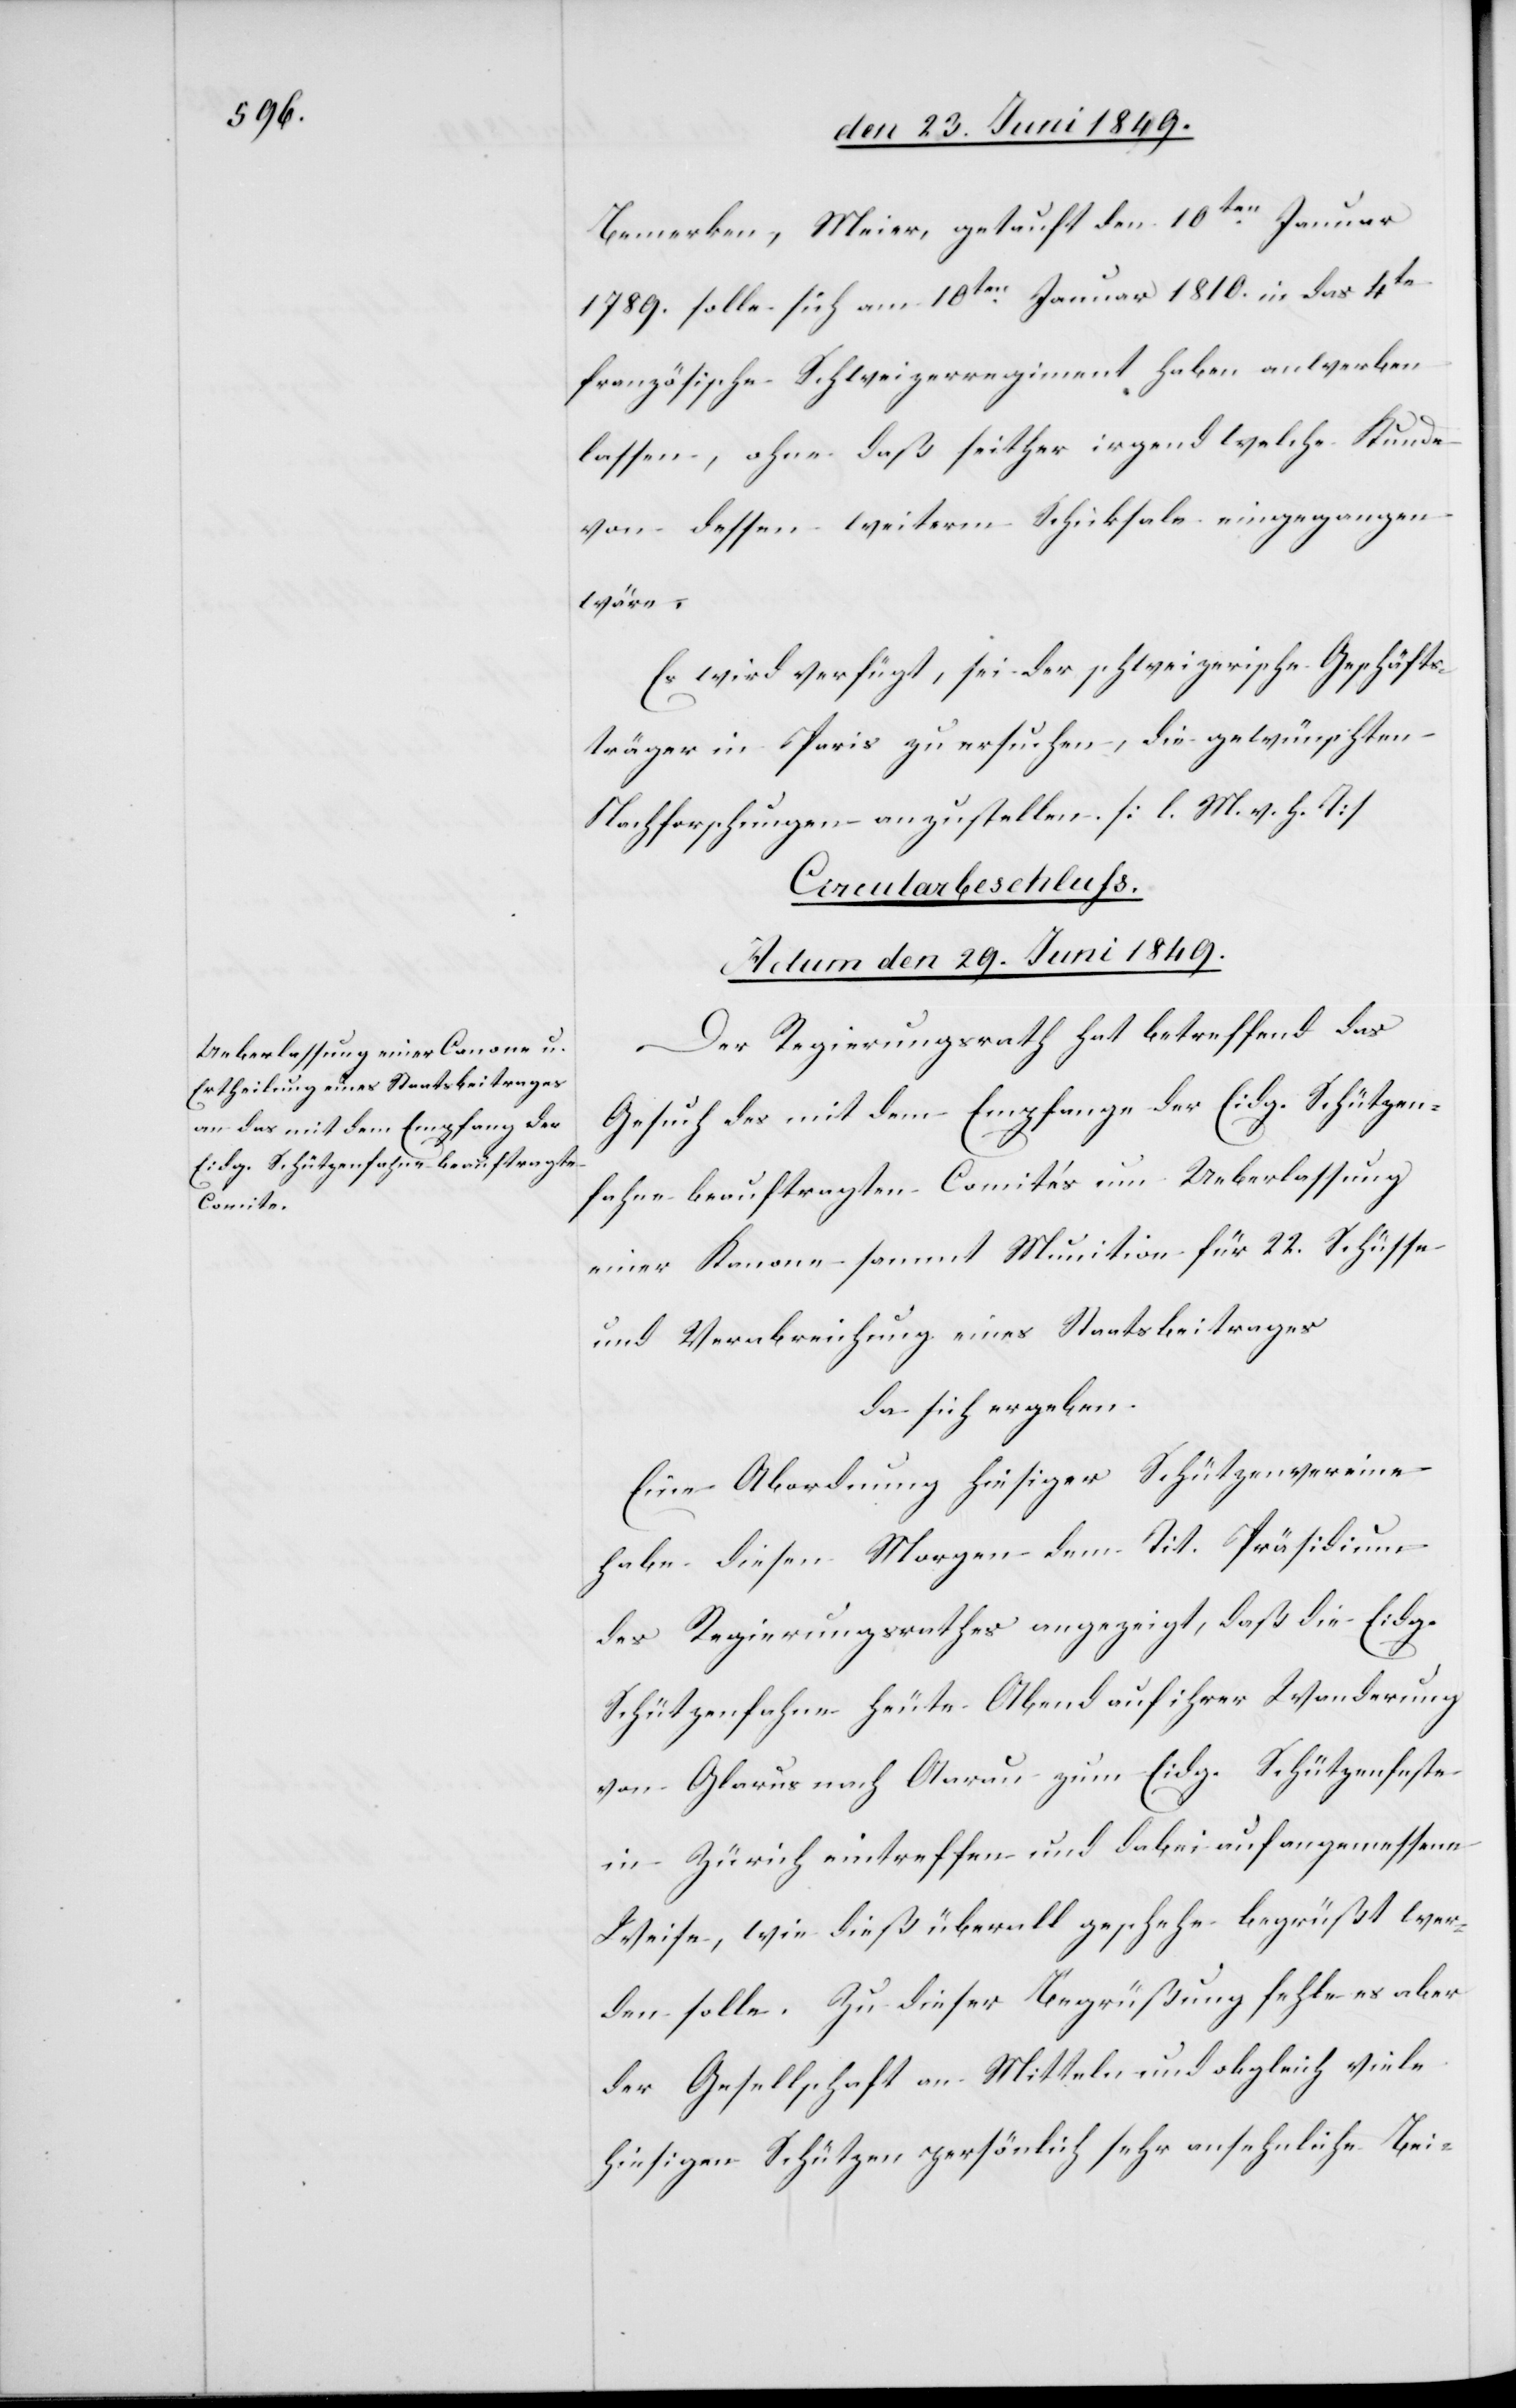
den 29. Juni 1849.
Bemerken, Meier, getauft den 10ten Januar
1789. solle sich am 10ten Januar 1810. in das 4te
französische Schweizerregiment haben anwerben
lassen, ohne daß seither irgend welche Kunde
von dessen weiterm Schicksale eingegangen
wäre.
Es wird verfügt, sei der schweizerische Geschäfts¬
träger in Paris zu ersuchen, die gewünschten
Nachforschungen anzustellen [l. M. h. T][.]
Circularbeschluss.
Der Regierungsrath hat betreffend das
Gesuch des mit dem Empfange der Eidg. Schützen¬
fahne beauftragten Comités um Ueberlassung
einer Kanone sammt Munition für 22. Schüsse
und Verabreichung eines Staatsbeitrages
da sich ergeben:
Eine Abordnung hiesiger Schützenvereine
habe diesen Morgen dem Tit. Präsidium
des Regierungsrathes angezeigt, daß die Eidg.
Schützenfahne heute Abend auf ihrer Wanderung
von Glarus nach Aarau zum Eidg. Schützenfeste
in Zürich eintreffen und dabei auf angemessene
Weise, wie dieß überall geschehe begrüßt wer¬
den solle. Zu dieser Begrüßung fehle es aber
der Gesellschaft an Mitteln und obgleich viele
hiesigen Schützen persönlich sehr ansehnliche Bei-